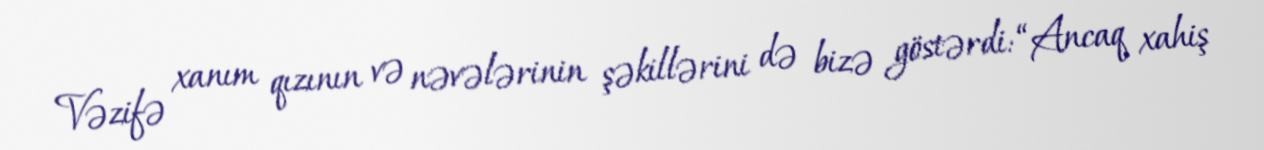
Vəzifə xanım qızının və nəvələrinin şəkillərini də bizə göstərdi: “Ancaq xahiş